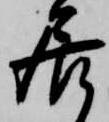
居